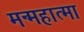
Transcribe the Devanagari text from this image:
मन्महात्मा